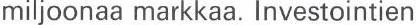
miljoonaa markkaa. Investointien